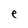
Character: e